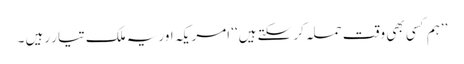
’’ہم کسی بھی وقت حملہ کر سکتے ہیں‘‘ امریکہ اور یہ ملک تیار رہیں ۔